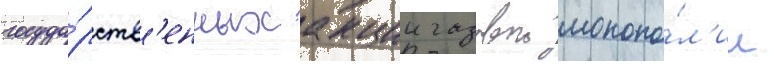
госуда́рств'енных акции газовои монопо́л'ии